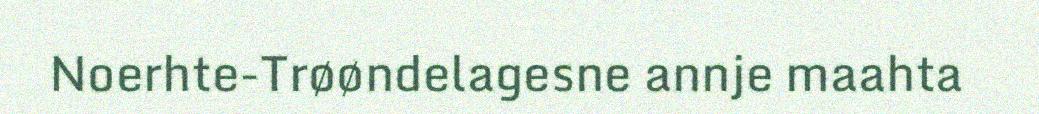
Noerhte-Trøøndelagesne annje maahta